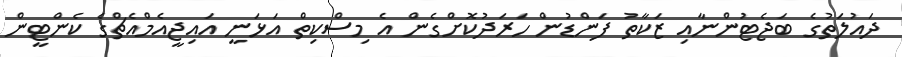
ދައުލަތުގެ ބަޖެޓުންނާއި ޒަކާތު ފަންޑުން ހަރަދުކޮށްގެން އެ މިސްކިތް އަޅަނީ އައިޖީއެމްއެޗްގެ ކެންޓީން